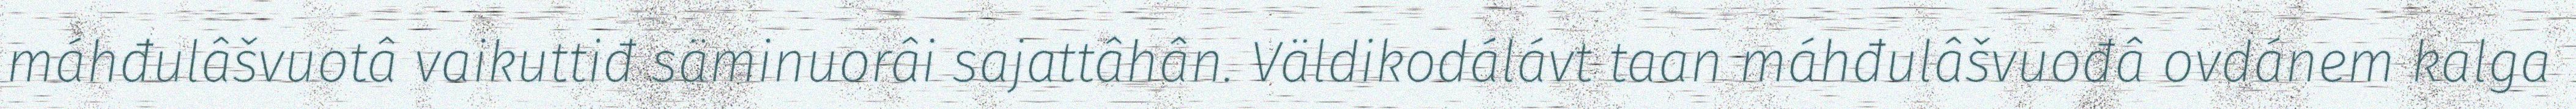
máhđulâšvuotâ vaikuttiđ säminuorâi sajattâhân. Väldikodálávt taan máhđulâšvuođâ ovdánem kalga